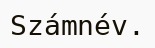
Számnév.